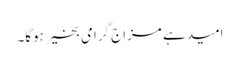
امید ہے مزاج گرامی بخیر ہوگا۔